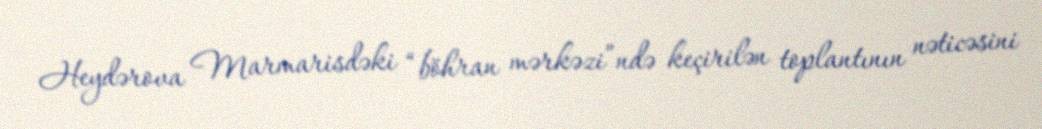
Heydərova Marmarisdəki “böhran mərkəzi”ndə keçirilən toplantının nəticəsini